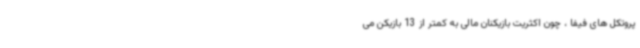
پروتکل های فیفا ، چون اکثریت بازیکنان مالی به کمتر از 13 بازیکن می